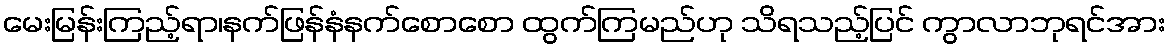
မေးမြန်းကြည့်ရာ၊နက်ဖြန်နံနက်စောစော ထွက်ကြမည်ဟု သိရသည့်ပြင် ကွာလာဘုရင်အား